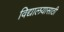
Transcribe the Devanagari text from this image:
विद्यालयासाठी